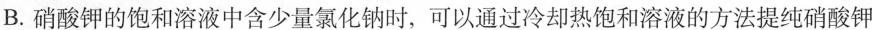
B.硝酸钾的饱和溶液中含少量氯化钠时，可以通过冷却热饱和溶液的方法提纯硝酸钾